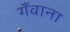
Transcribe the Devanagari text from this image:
गँवाना